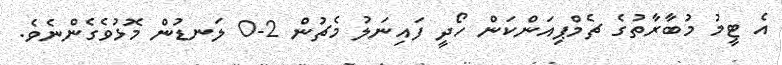
އެ ޓީމު މުބާރާތުގެ ޗެމްޕިއަންކަން ހޯދީ ފައިނަލު މެޗުން 2-0 ލަނޑުން މޮޅުވެގެންނެވެ.